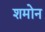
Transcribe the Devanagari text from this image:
शमोन